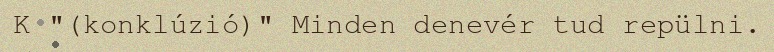
K "(konklúzió)" Minden denevér tud repülni.